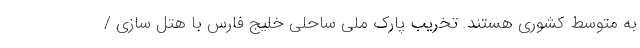
به متوسط کشوری هستند. تخریب پارک ملی ساحلی خلیج فارس با هتل سازی /